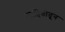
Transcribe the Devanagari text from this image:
माहितीतून